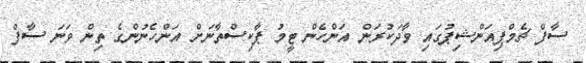
ސާފް ޗެމްޕިއަންޝިޕުގައި ވާދަކުރަން އަންހެން ޓީމު ޕާކިސްތާނަށް އަންހެނުންގެ ތިން ވަނަ ސާފް